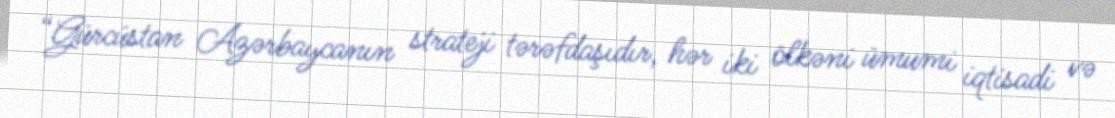
“Gürcüstan Azərbaycanın strateji tərəfdaşıdır, hər iki ölkəni ümumi iqtisadi və